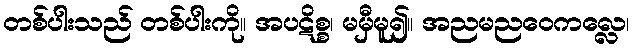
တစ်ပါးသည် တစ်ပါးကို။ အပဋိစ္စ၊ မမှီမူ၍။ အညမညဝေကလ္လေ၊